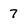
Character: 7